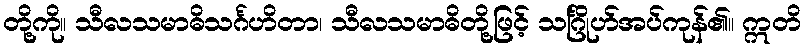
တို့ကို။ သီလသမာဓိသင်္ဂဟိတာ၊ သီလသမာဓိတို့ဖြင့် သင်္ဂြိုဟ်အပ်ကုန်၏။ ဣတိ